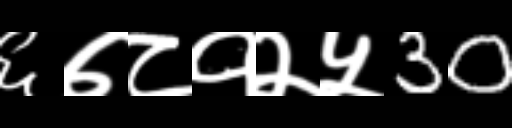
Text: ६७८१२५30